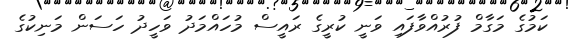
ކަމުގެ މަގާމް ފުރުއްވާފައި ވަނީ ކުރީގެ ރައީސް މުހައްމަދު ވަހީދު ހަސަން މަނިކުގެ